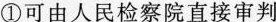
①可由人民检察院直接审判